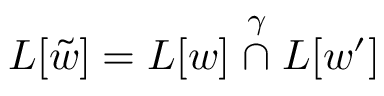
L [ \tilde { w } ] = L [ w ] \stackrel { \gamma } { \cap } L [ w ^ { \prime } ]